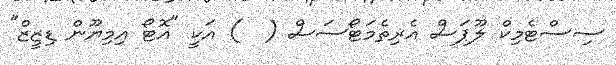
ސިސްޓެމިކް ލޫޕަސް އެރިތެމަޓޯސަސް (  ) އަކީ "އޮޓޯ އިމިޔޫން ޑިޒީޒް"